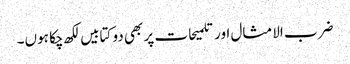
ضرب الامثال اور تلمیحات پر بھی دو کتابیں لکھ چکا ہوں۔